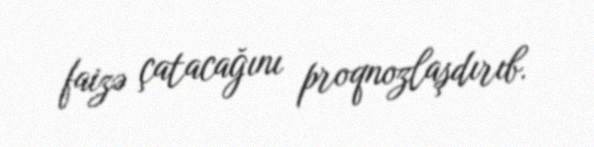
faizə çatacağını proqnozlaşdırıb.